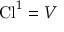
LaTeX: \operatorname { C l } ^ { 1 } = V